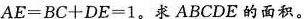
AE=BC+DE=1。求ABCDE的面积。